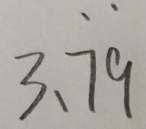
3 , \dot { 7 } \dot { 9 }